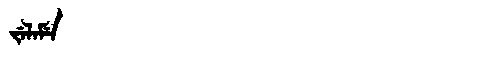
Manchu: ᠵᡝᠯᠠᠮᡝ
Romanization: JELAME